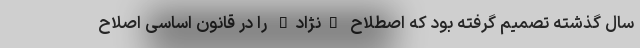
سال گذشته تصمیم گرفته بود که اصطلاح "نژاد" را در قانون اساسی اصلاح